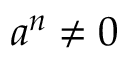
a ^ { n } \neq 0